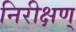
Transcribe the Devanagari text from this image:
निरीक्षण्